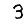
Digit: 3